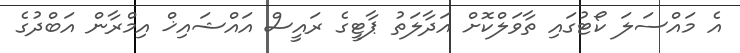
އެ މައްސަލަ ކޯޓުގައި ތާވަލްކޮށް އަދާލަތު ޕާޓީގެ ރައީސް އައްޝައިޚް އިމްރާން އަބްދުގެ